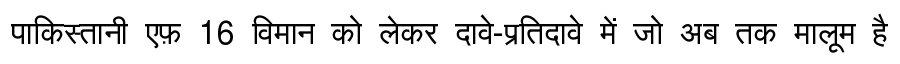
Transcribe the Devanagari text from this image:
पाकिस्तानी एफ़ 16 विमान को लेकर दावे-प्रतिदावे में जो अब तक मालूम है